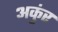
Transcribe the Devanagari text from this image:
अकुंर